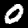
Label: 0